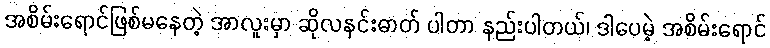
အစိမ်းရောင်ဖြစ်မနေတဲ့ အာလူးမှာ ဆိုလနင်းဓာတ် ပါတာ နည်းပါတယ်၊ ဒါပေမဲ့ အစိမ်းရောင်